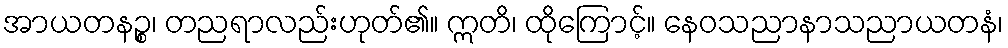
အာယတနဉ္စ၊ တညရာလည်းဟုတ်၏။ ဣတိ၊ ထိုကြောင့်။ နေဝသညာနာသညာယတနံ၊